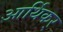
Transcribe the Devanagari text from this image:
आर्थिकर्